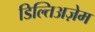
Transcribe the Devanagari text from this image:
डिल्तिअज़ेम